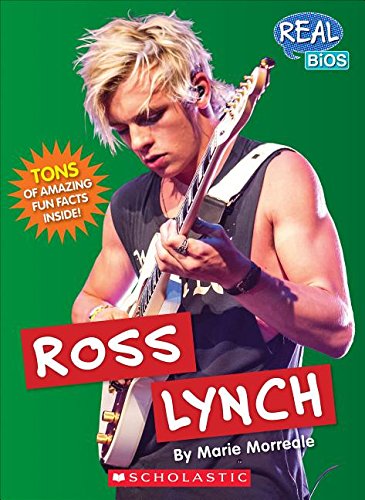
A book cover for Ross Lynch (Real Bios); Marie Morreale; Children's Books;